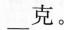
___克。